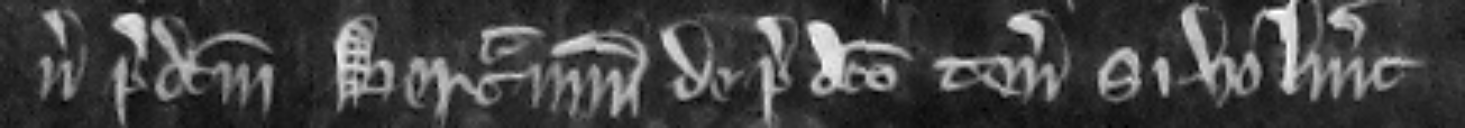
versus predictum Bertramum de predicto tenemento si voluerit